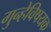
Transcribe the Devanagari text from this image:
गुन्हेविषयक